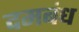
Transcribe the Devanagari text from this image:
दमबंध